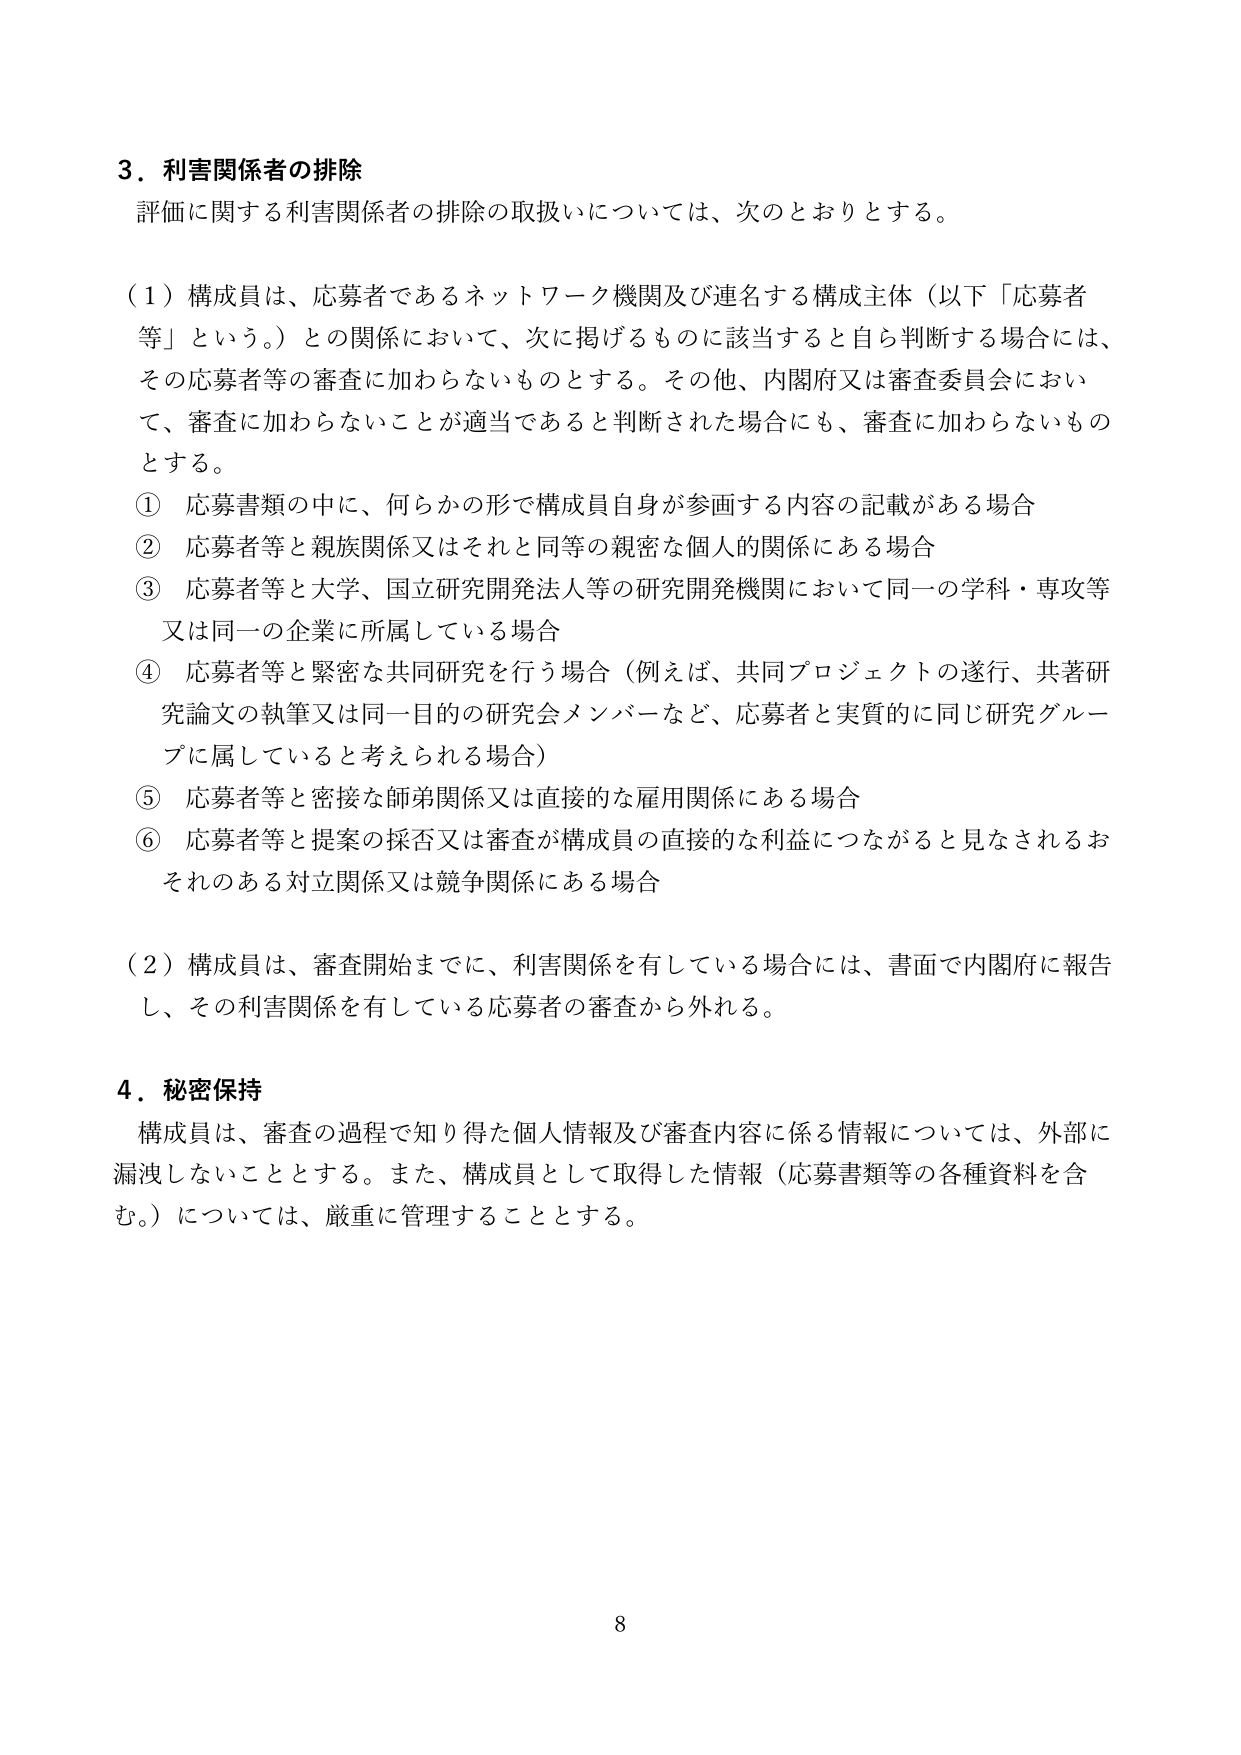
3．利害関係者の排除
評価に関する利害関係者の排除の取扱いについては、次のとおりとする。

（1）構成員は、応募者であるネットワーク機関及び連名する構成主体（以下「応募者等」という。）との関係において、次に掲げるものに該当すると自ら判断する場合には、その応募者等の審査に加わらないものとする。その他、内閣府又は審査委員会において、審査に加わらないことが適当であると判断された場合にも、審査に加わらないものとする。
① 応募書類の中に、何らかの形で構成員自身が参画する内容の記載がある場合
② 応募者等と親族関係又はそれと同等の親密な個人的関係にある場合
③ 応募者等と大学、国立研究開発法人等の研究開発機関において同一の学科・専攻等又は同一の企業に所属している場合
④ 応募者等と緊密な共同研究を行う場合（例えば、共同プロジェクトの遂行、共著研究論文の執筆又は同一目的の研究会メンバーなど、応募者と実質的に同じ研究グループに属していると考えられる場合）
⑤ 応募者等と密接な師弟関係又は直接的な雇用関係にある場合
⑥ 応募者等と提案の採否又は審査が構成員の直接的な利益につながると見なされるおそれのある対立関係又は競争関係にある場合

（2）構成員は、審査開始までに、利害関係を有している場合には、書面で内閣府に報告し、その利害関係を有している応募者の審査から外れる。

4．秘密保持
構成員は、審査の過程で知り得た個人情報及び審査内容に係る情報については、外部に漏洩しないこととする。また、構成員として取得した情報（応募書類等の各種資料を含む。）については、厳重に管理することとする。

8